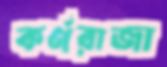
কর্ণরাজা